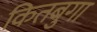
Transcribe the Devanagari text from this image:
कितबुगा